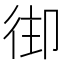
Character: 𢓦